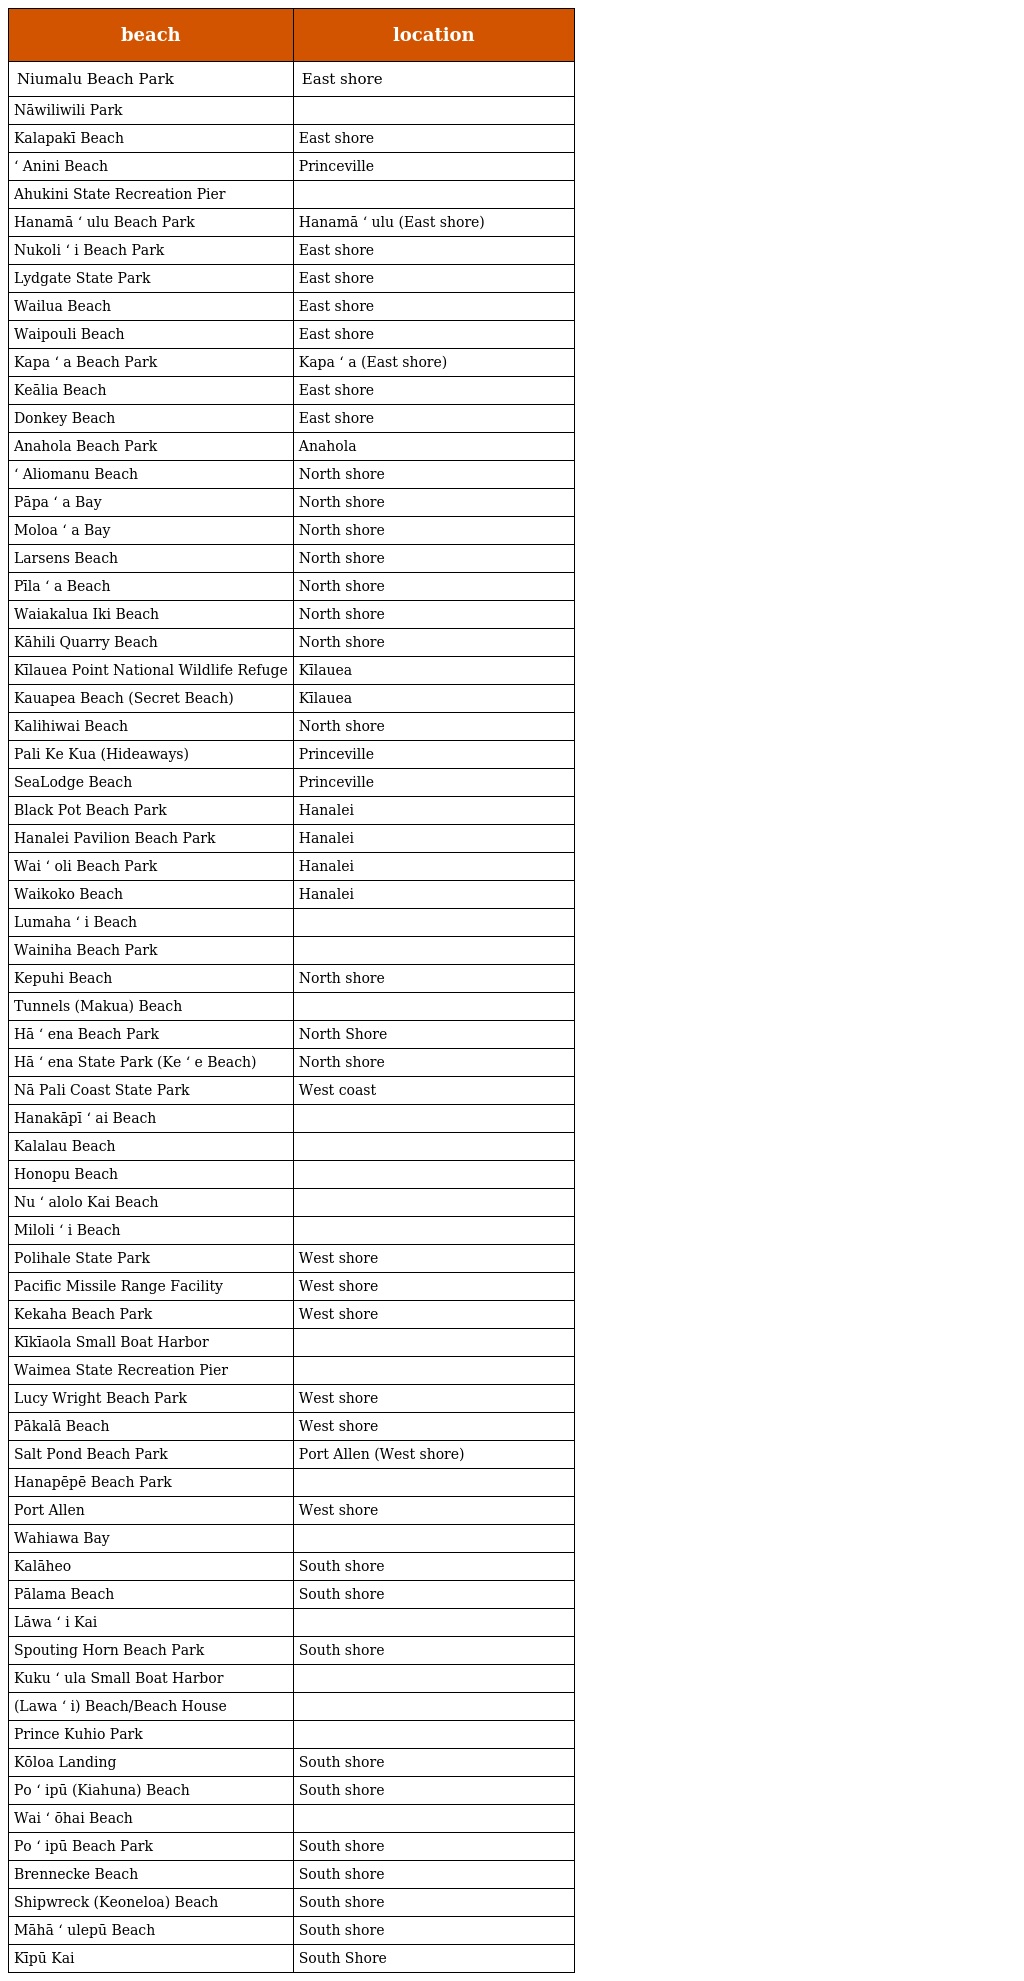
| beach | location |
 | --- | --- |
 | Niumalu Beach Park | East shore |
 | Nāwiliwili Park |  |
 | Kalapakī Beach | East shore |
 | ʻ Anini Beach | Princeville |
 | Ahukini State Recreation Pier |  |
 | Hanamā ʻ ulu Beach Park | Hanamā ʻ ulu (East shore) |
 | Nukoli ʻ i Beach Park | East shore |
 | Lydgate State Park | East shore |
 | Wailua Beach | East shore |
 | Waipouli Beach | East shore |
 | Kapa ʻ a Beach Park | Kapa ʻ a (East shore) |
 | Keālia Beach | East shore |
 | Donkey Beach | East shore |
 | Anahola Beach Park | Anahola |
 | ʻ Aliomanu Beach | North shore |
 | Pāpa ʻ a Bay | North shore |
 | Moloa ʻ a Bay | North shore |
 | Larsens Beach | North shore |
 | Pīla ʻ a Beach | North shore |
 | Waiakalua Iki Beach | North shore |
 | Kāhili Quarry Beach | North shore |
 | Kīlauea Point National Wildlife Refuge | Kīlauea |
 | Kauapea Beach (Secret Beach) | Kīlauea |
 | Kalihiwai Beach | North shore |
 | Pali Ke Kua (Hideaways) | Princeville |
 | SeaLodge Beach | Princeville |
 | Black Pot Beach Park | Hanalei |
 | Hanalei Pavilion Beach Park | Hanalei |
 | Wai ʻ oli Beach Park | Hanalei |
 | Waikoko Beach | Hanalei |
 | Lumaha ʻ i Beach |  |
 | Wainiha Beach Park |  |
 | Kepuhi Beach | North shore |
 | Tunnels (Makua) Beach |  |
 | Hā ʻ ena Beach Park | North Shore |
 | Hā ʻ ena State Park (Ke ʻ e Beach) | North shore |
 | Nā Pali Coast State Park | West coast |
 | Hanakāpī ʻ ai Beach |  |
 | Kalalau Beach |  |
 | Honopu Beach |  |
 | Nu ʻ alolo Kai Beach |  |
 | Miloli ʻ i Beach |  |
 | Polihale State Park | West shore |
 | Pacific Missile Range Facility | West shore |
 | Kekaha Beach Park | West shore |
 | Kīkīaola Small Boat Harbor |  |
 | Waimea State Recreation Pier |  |
 | Lucy Wright Beach Park | West shore |
 | Pākalā Beach | West shore |
 | Salt Pond Beach Park | Port Allen (West shore) |
 | Hanapēpē Beach Park |  |
 | Port Allen | West shore |
 | Wahiawa Bay |  |
 | Kalāheo | South shore |
 | Pālama Beach | South shore |
 | Lāwa ʻ i Kai |  |
 | Spouting Horn Beach Park | South shore |
 | Kuku ʻ ula Small Boat Harbor |  |
 | (Lawa ʻ i) Beach/Beach House |  |
 | Prince Kuhio Park |  |
 | Kōloa Landing | South shore |
 | Po ʻ ipū (Kiahuna) Beach | South shore |
 | Wai ʻ ōhai Beach |  |
 | Po ʻ ipū Beach Park | South shore |
 | Brennecke Beach | South shore |
 | Shipwreck (Keoneloa) Beach | South shore |
 | Māhā ʻ ulepū Beach | South shore |
 | Kīpū Kai | South Shore |